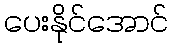
ပေးနိုင်အောင်